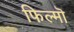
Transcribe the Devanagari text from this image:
फिल्मॊ